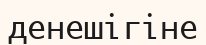
денешігіне